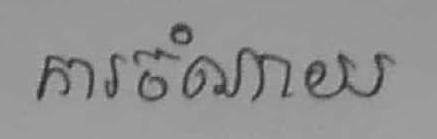
ការចំណាយ